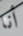
أنا